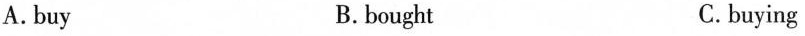
A.buy B.bought C.buying